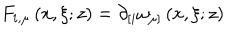
F _ { i , \mu } \left( x , \xi ; z \right) = \partial _ { \lbrack i } \omega _ { \mu ] } \left( x , \xi ; z \right)